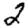
Digit: 2